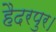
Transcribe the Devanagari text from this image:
हैदरपुर।